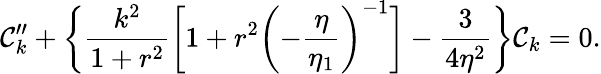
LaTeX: {\cal C}_{k}^{\prime\prime}+\biggl\{ \frac{k^{2}}{1+r^{2}}\biggl[1+r^{2}\biggl(-\frac{\eta}{\eta_{1}}\biggr)^{-1}\biggr]-\frac{3}{4\eta^{2}}\biggr\} {\cal C}_{k}=0.